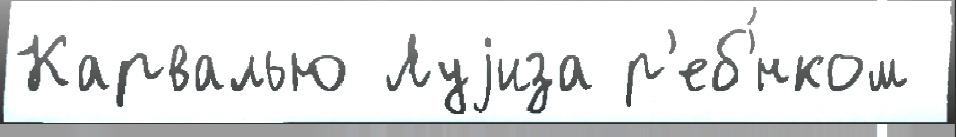
Карвалью Луjиза р'еб'́нком